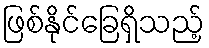
ဖြစ်နိုင်ခြေရှိသည့်